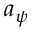
a _ { \psi }